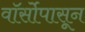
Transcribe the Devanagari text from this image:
वॉर्सोपासून